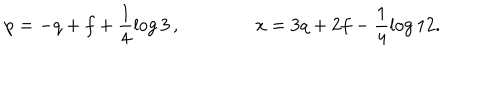
p = - q + f + \frac { 1 } { 4 } \log 3 \, , \qquad \qquad x = 3 q + 2 f - \frac { 1 } { 4 } \log 1 2 .